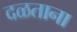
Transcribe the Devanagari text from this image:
दळताना